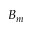
B _ { m }